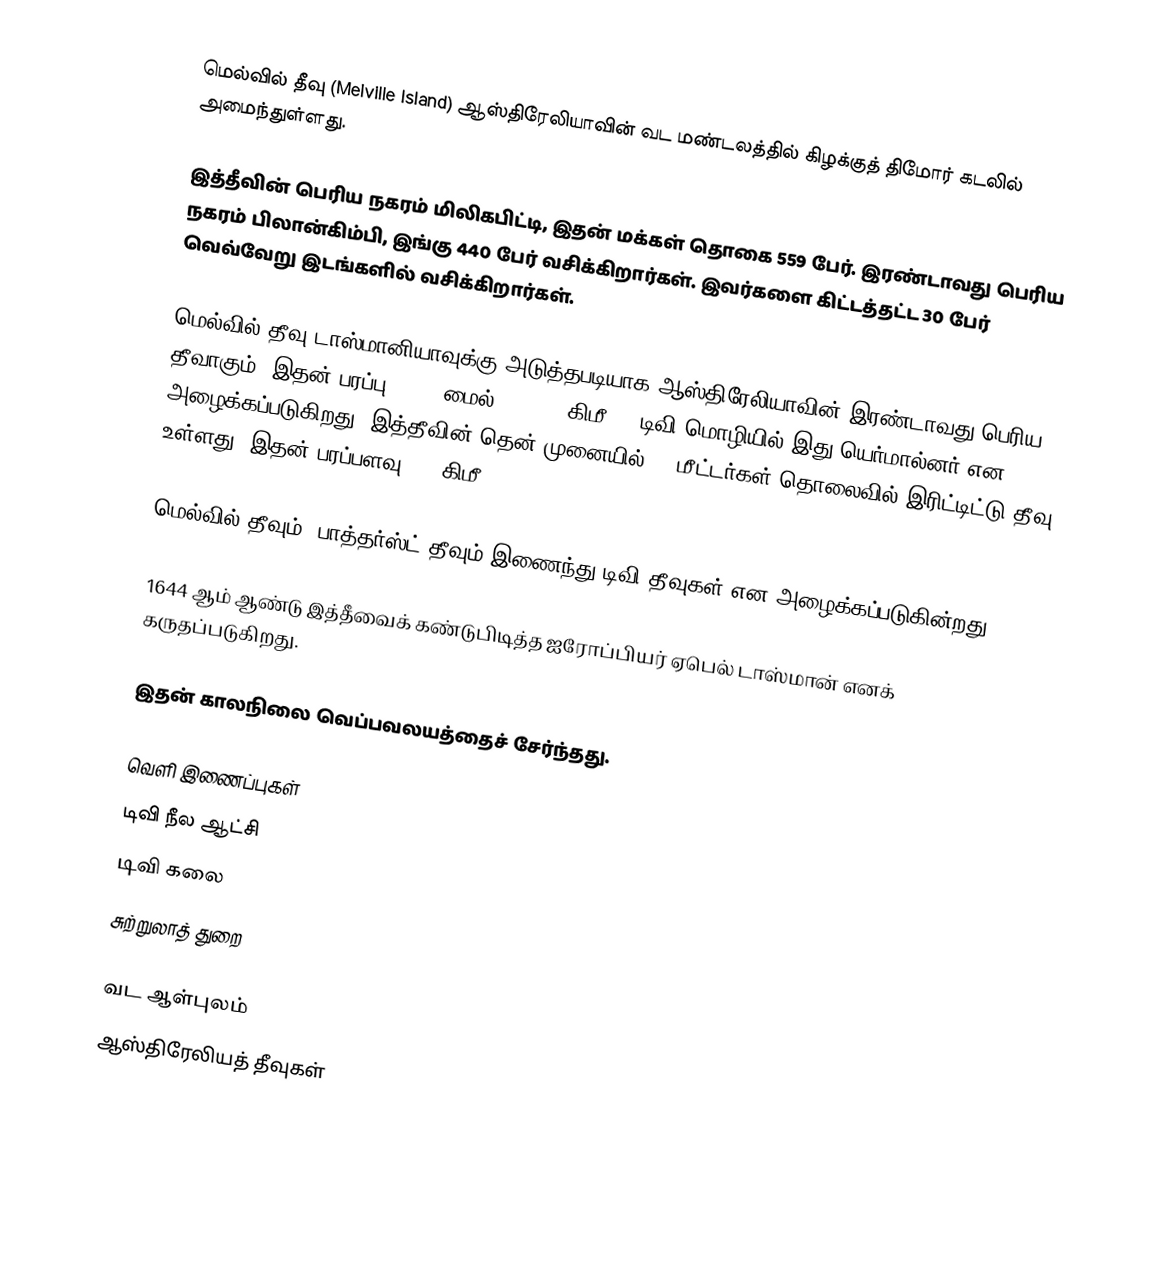
மெல்வில் தீவு (Melville Island) ஆஸ்திரேலியாவின் வட மண்டலத்தில் கிழக்குத் திமோர் கடலில் அமைந்துள்ளது.

இத்தீவின் பெரிய நகரம் மிலிகபிட்டி, இதன் மக்கள் தொகை 559 பேர். இரண்டாவது பெரிய நகரம் பிலான்கிம்பி, இங்கு 440 பேர் வசிக்கிறார்கள். இவர்களை கிட்டத்தட்ட 30 பேர் வெவ்வேறு இடங்களில் வசிக்கிறார்கள்.

மெல்வில் தீவு டாஸ்மானியாவுக்கு அடுத்தபடியாக ஆஸ்திரேலியாவின் இரண்டாவது பெரிய தீவாகும். இதன் பரப்பு 2,234 மைல்² (5,786 கிமீ²). டிவி மொழியில் இது யெர்மால்னர் என அழைக்கப்படுகிறது. இத்தீவின் தென் முனையில் 55 மீட்டர்கள் தொலைவில் இரிட்டிட்டு தீவு உள்ளது. இதன் பரப்பளவு 1.7 கிமீ².

மெல்வில் தீவும், பாத்தர்ஸ்ட் தீவும் இணைந்து டிவி தீவுகள் என அழைக்கப்படுகின்றது.

1644 ஆம் ஆண்டு இத்தீவைக் கண்டுபிடித்த ஐரோப்பியர் ஏபெல் டாஸ்மான் எனக் கருதப்படுகிறது.

இதன் காலநிலை வெப்பவலயத்தைச் சேர்ந்தது.

வெளி இணைப்புகள்
டிவி நீல ஆட்சி
டிவி கலை
சுற்றுலாத் துறை

வட ஆள்புலம்
ஆஸ்திரேலியத் தீவுகள்